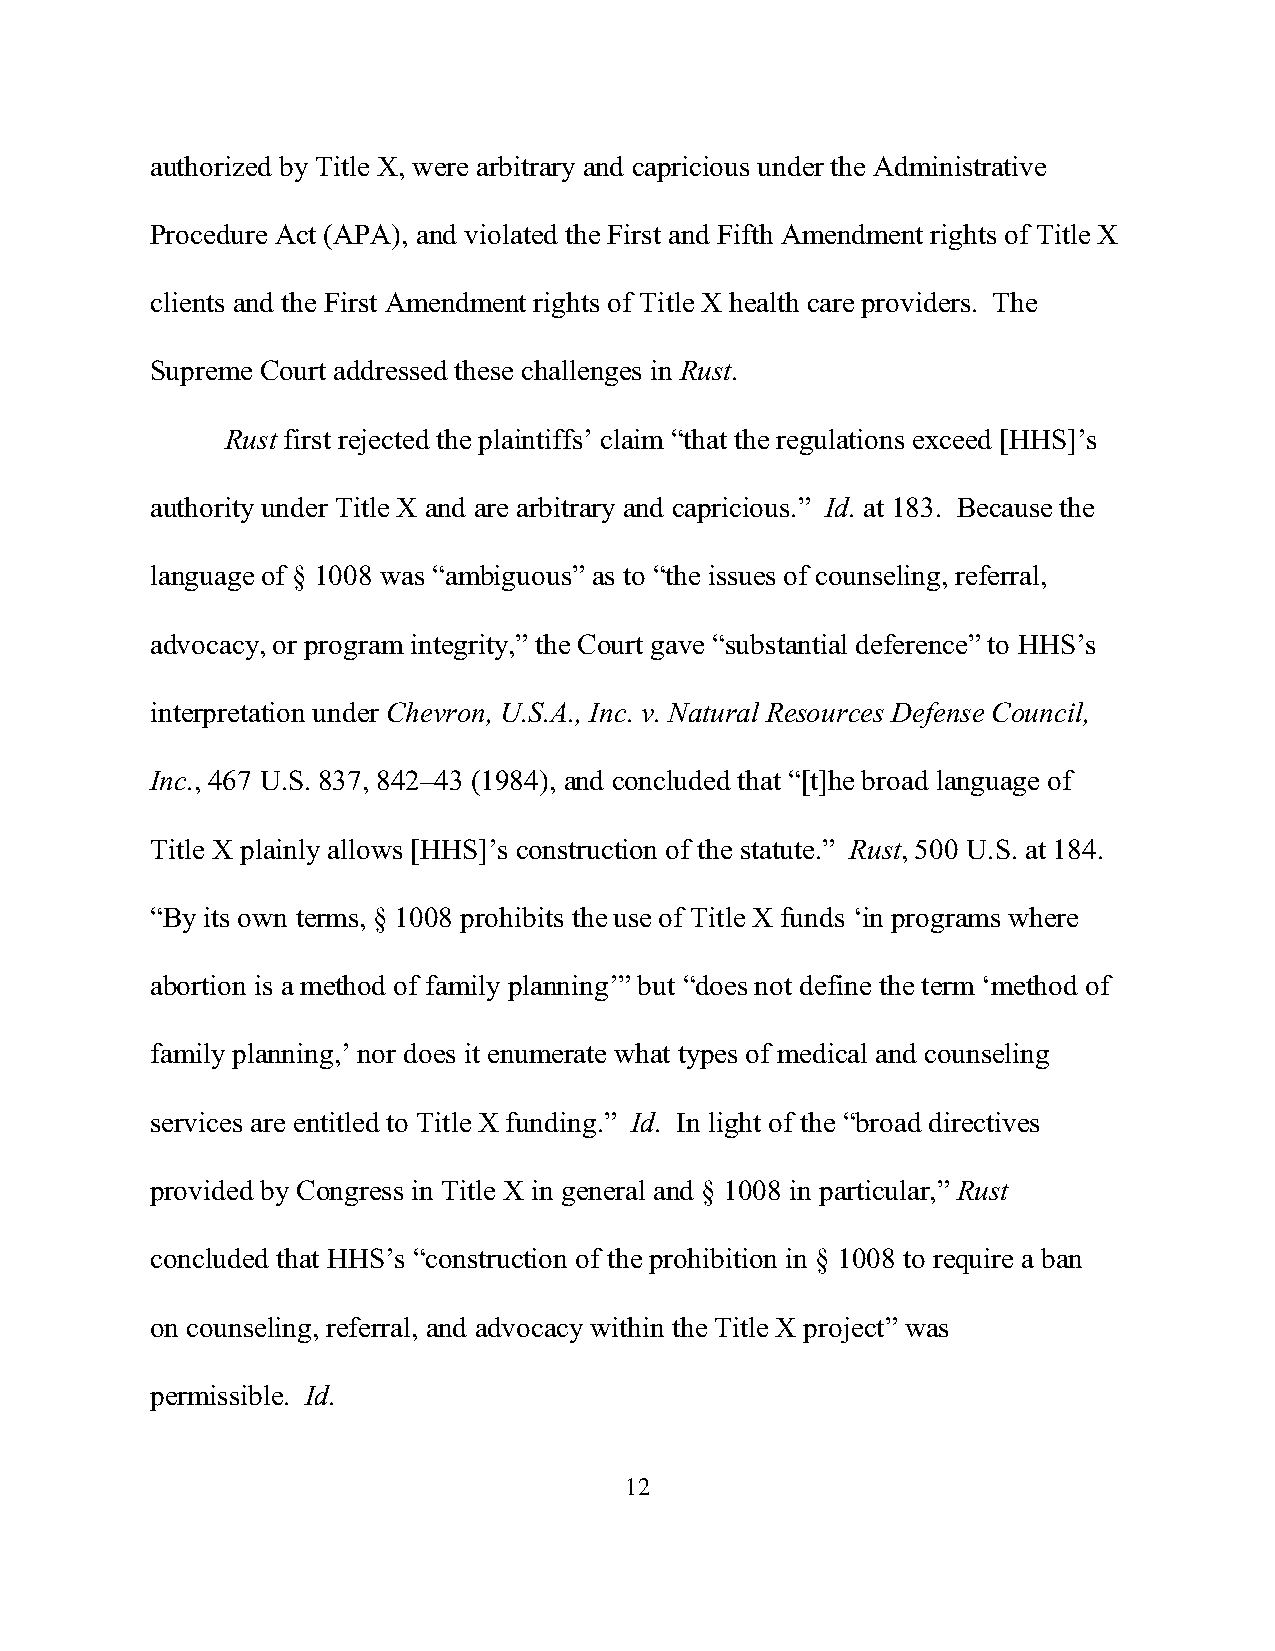
authorized by Title X, were arbitrary and capricious under the Administrative
 Procedure Act (APA), and violated the First and Fifth Amendment rights of Title X
 clients and the First Amendment rights of Title X health care providers. The
 Supreme Court addressed these challenges in Rust.
 Rust first rejected the plaintiffs’ claim “that the regulations exceed [HHS]’s
 authority under Title X and are arbitrary and capricious.” Id. at 183. Because the
 language of § 1008 was “ambiguous” as to “the issues of counseling, referral,
 advocacy, or program integrity,” the Court gave “substantial deference” to HHS’s
 interpretation under Chevron, U.S.A., Inc. v. Natural Resources Defense Council,
 Inc., 467 U.S. 837, 842–43 (1984), and concluded that “[t]he broad language of
 Title X plainly allows [HHS]’s construction of the statute.” Rust, 500 U.S. at 184.
 “By its own terms, § 1008 prohibits the use of Title X funds ‘in programs where
 abortion is a method of family planning’” but “does not define the term ‘method of
 family planning,’ nor does it enumerate what types of medical and counseling
 services are entitled to Title X funding.” Id. In light of the “broad directives
 provided by Congress in Title X in general and § 1008 in particular,” Rust
 concluded that HHS’s “construction of the prohibition in § 1008 to require a ban
 on counseling, referral, and advocacy within the Title X project” was
 permissible. Id.
 12